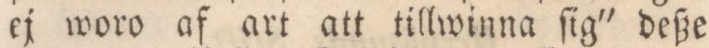
ej woro af art att tillwinna ſig' deße